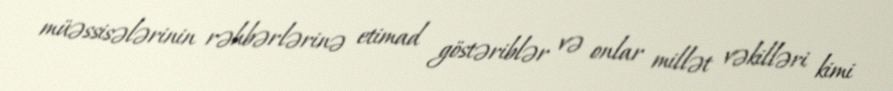
müəssisələrinin rəhbərlərinə etimad göstəriblər və onlar millət vəkilləri kimi